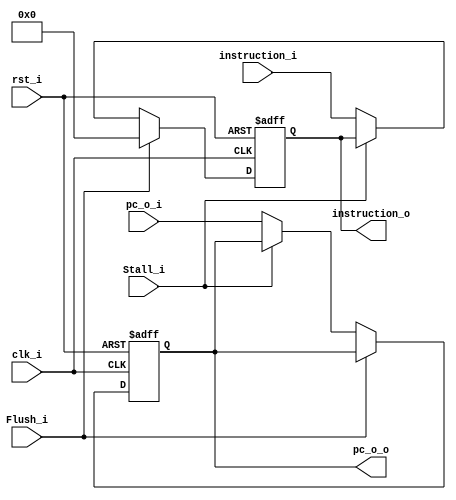
module IF_ID_Registers
(
    clk_i,
    rst_i,
    Stall_i,
    Flush_i,
    pc_o_i,
    instruction_i,
    pc_o_o,
    instruction_o
);

input                   clk_i;
input                   rst_i;
input                   Stall_i;
input                   Flush_i;
input       [31:0]      pc_o_i;
input       [31:0]      instruction_i;
output reg  [31:0]      pc_o_o;
output reg  [31:0]      instruction_o;

always @ (posedge clk_i or posedge rst_i) begin
    if (rst_i) begin
        pc_o_o <= 32'b0;
        instruction_o <= 32'b0;
    end
    else if (Flush_i) begin
        instruction_o <= 32'b0;
    end
    else if (~Stall_i) begin
        pc_o_o <= pc_o_i;
        instruction_o <= instruction_i;
    end
end

endmodule

module ID_EX_Registers
(
    clk_i,
    rst_i,
    RegWrite_i,
    MemtoReg_i,
    MemRead_i,
    MemWrite_i,
    ALUOp_i,
    ALUSrc_i,
    RS1data_i,
    RS2data_i,
    immediate_i,
    funct_i,
    RS1addr_i,
    RS2addr_i,
    RDaddr_i,
    RegWrite_o,
    MemtoReg_o,
    MemRead_o,
    MemWrite_o,
    ALUOp_o,
    ALUSrc_o,
    RS1data_o,
    RS2data_o,
    immediate_o,
    funct_o,
    RS1addr_o,
    RS2addr_o,
    RDaddr_o
);

input                   clk_i;
input                   rst_i;
input                   RegWrite_i;
input                   MemtoReg_i;
input                   MemRead_i;
input                   MemWrite_i;
input       [1:0]       ALUOp_i;
input                   ALUSrc_i;
input       [31:0]      RS1data_i;
input       [31:0]      RS2data_i;
input       [31:0]      immediate_i;
input       [9:0]       funct_i;
input       [4:0]       RS1addr_i;
input       [4:0]       RS2addr_i;
input       [4:0]       RDaddr_i;
output reg              RegWrite_o;
output reg              MemtoReg_o;
output reg              MemRead_o;
output reg              MemWrite_o;
output reg  [1:0]       ALUOp_o;
output reg              ALUSrc_o;
output reg  [31:0]      RS1data_o;
output reg  [31:0]      RS2data_o;
output reg  [31:0]      immediate_o;
output reg  [9:0]       funct_o;
output reg  [4:0]       RS1addr_o;
output reg  [4:0]       RS2addr_o;
output reg  [4:0]       RDaddr_o;

always @ (posedge clk_i or posedge rst_i) begin
    if (rst_i) begin
        RegWrite_o <= 1'b0;
        MemtoReg_o <= 1'b0;
        MemRead_o <= 1'b0;
        MemWrite_o <= 1'b0;
        ALUOp_o <= 2'b0;
        ALUSrc_o <= 1'b0;
        RS1data_o <= 32'b0;
        RS2data_o <= 32'b0;
        immediate_o <= 32'b0;
        funct_o <= 10'b0;
        RS1addr_o <= 5'b0;
        RS2addr_o <= 5'b0;
        RDaddr_o <= 5'b0;
    end
    else begin
        RegWrite_o <= RegWrite_i;
        MemtoReg_o <= MemtoReg_i;
        MemRead_o <= MemRead_i;
        MemWrite_o <= MemWrite_i;
        ALUOp_o <= ALUOp_i;
        ALUSrc_o <= ALUSrc_i;
        RS1data_o <= RS1data_i;
        RS2data_o <= RS2data_i;
        immediate_o <= immediate_i;
        funct_o <= funct_i;
        RS1addr_o <= RS1addr_i;
        RS2addr_o <= RS2addr_i;
        RDaddr_o <= RDaddr_i;
    end
end

endmodule


module EX_MEM_Registers
(
    clk_i,
    rst_i,
    RegWrite_i,
    MemtoReg_i,
    MemRead_i,
    MemWrite_i,
    ALUResult_i,
    RS2data_i,
    RDaddr_i,
    RegWrite_o,
    MemtoReg_o,
    MemRead_o,
    MemWrite_o,
    ALUResult_o,
    RS2data_o,
    RDaddr_o
);

input                   clk_i;
input                   rst_i;
input                   RegWrite_i;
input                   MemtoReg_i;
input                   MemRead_i;
input                   MemWrite_i;
input       [31:0]      ALUResult_i;
input       [31:0]      RS2data_i;
input       [4:0]       RDaddr_i;
output reg              RegWrite_o;
output reg              MemtoReg_o;
output reg              MemRead_o;
output reg              MemWrite_o;
output reg  [31:0]      ALUResult_o;
output reg  [31:0]      RS2data_o;
output reg  [4:0]       RDaddr_o;

always @ (posedge clk_i or posedge rst_i) begin
    if (rst_i) begin
        RegWrite_o <= 1'b0;
        MemtoReg_o <= 1'b0;
        MemRead_o <= 1'b0;
        MemWrite_o <= 1'b0;
        ALUResult_o <= 32'b0;
        RS2data_o <= 32'b0;
        RDaddr_o <= 5'b0;
    end
    else begin
        RegWrite_o <= RegWrite_i;
        MemtoReg_o <= MemtoReg_i;
        MemRead_o <= MemRead_i;
        MemWrite_o <= MemWrite_i;
        ALUResult_o <= ALUResult_i;
        RS2data_o <= RS2data_i;
        RDaddr_o <= RDaddr_i;
    end
end

endmodule

module MEM_WB_Registers
(
    clk_i,
    rst_i,
    RegWrite_i,
    MemtoReg_i,
    ALUResult_i,
    MemData_i,
    RDaddr_i,
    RegWrite_o,
    MemtoReg_o,
    ALUResult_o,
    MemData_o,
    RDaddr_o
);

input                   clk_i;
input                   rst_i;
input                   RegWrite_i;
input                   MemtoReg_i;
input       [31:0]      ALUResult_i;
input       [31:0]      MemData_i;
input       [4:0]       RDaddr_i;
output reg              RegWrite_o;
output reg              MemtoReg_o;
output reg  [31:0]      ALUResult_o;
output reg  [31:0]      MemData_o;
output reg  [4:0]       RDaddr_o;

always @ (posedge clk_i or posedge rst_i) begin
    if (rst_i) begin
        RegWrite_o <= 1'b0;
        MemtoReg_o <= 1'b0;
        ALUResult_o <= 32'b0;
        MemData_o <= 32'b0;
        RDaddr_o <= 5'b0;
    end
    else begin
        RegWrite_o <= RegWrite_i;
        MemtoReg_o <= MemtoReg_i;
        ALUResult_o <= ALUResult_i;
        MemData_o <= MemData_i;
        RDaddr_o <= RDaddr_i;
    end
end

endmodule